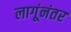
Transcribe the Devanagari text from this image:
लागूंनंतर